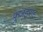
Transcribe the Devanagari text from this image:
फुजइराह